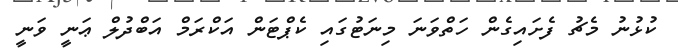
ކުޅުނު މެޗު ފެށައިގެން ހަތްވަނަ މިނަޓުގައި ކެޕްޓަން އަކްރަމް އަބްދުލް ޢަނީ ވަނީ